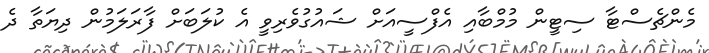
މެންޗެސްޓާ ސިޓީން މުމްބާއި އެފްސީއަށް ޝައުގުވެރިވީ އެ ކުލަބަށް ފާރަލަމުން ދިޔަތާ ދެ